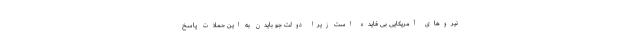
نیروهای آمریکایی بی فایده است زیرا دولت جو بایدن به این حملات پاسخ